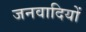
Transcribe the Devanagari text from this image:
जनवादियों